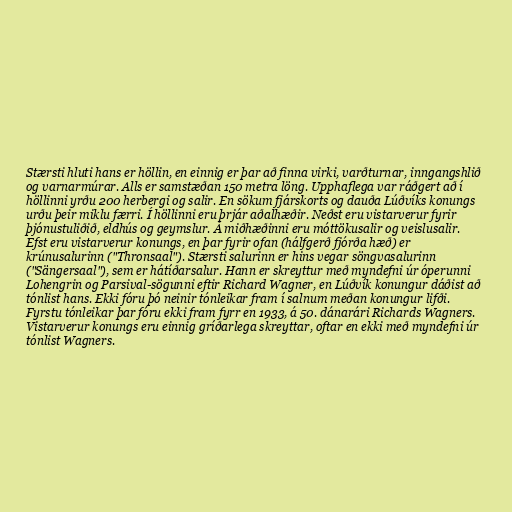
Stærsti hluti hans er höllin, en einnig er þar að finna virki, varðturnar, inngangshlið
og varnarmúrar. Alls er samstæðan 150 metra löng. Upphaflega var ráðgert að í
höllinni yrðu 200 herbergi og salir. En sökum fjárskorts og dauða Lúðvíks konungs
urðu þeir miklu færri. Í höllinni eru þrjár aðalhæðir. Neðst eru vistarverur fyrir
þjónustuliðið, eldhús og geymslur. Á miðhæðinni eru móttökusalir og veislusalir.
Efst eru vistarverur konungs, en þar fyrir ofan (hálfgerð fjórða hæð) er
krúnusalurinn ("Thronsaal"). Stærsti salurinn er hins vegar söngvasalurinn
("Sängersaal"), sem er hátíðarsalur. Hann er skreyttur með myndefni úr óperunni
Lohengrin og Parsival-sögunni eftir Richard Wagner, en Lúðvík konungur dáðist að
tónlist hans. Ekki fóru þó neinir tónleikar fram í salnum meðan konungur lifði.
Fyrstu tónleikar þar fóru ekki fram fyrr en 1933, á 50. dánarári Richards Wagners.
Vistarverur konungs eru einnig gríðarlega skreyttar, oftar en ekki með myndefni úr
tónlist Wagners.